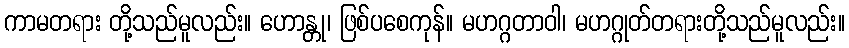
ကာမတရား တို့သည်မူလည်း။ ဟောန္တု၊ ဖြစ်ပစေကုန်။ မဟဂ္ဂတာဝါ၊ မဟဂ္ဂုတ်တရားတို့သည်မူလည်း။